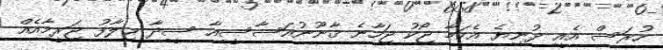
ހުރަސް އެއީ ދުނިޔެ އެކަމާ ޖޯކު ޖަހާނެ ޤާނޫނުއަސާސީއާ ސީދާ ޚިލާފު ޖަރީމާއެއް